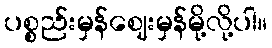
ပစ္စည်းမှန်ဈေးမှန်မို့လို့ပါ။